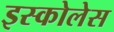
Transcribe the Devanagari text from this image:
इस्कोलेस